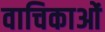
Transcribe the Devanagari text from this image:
वाचिकाओं